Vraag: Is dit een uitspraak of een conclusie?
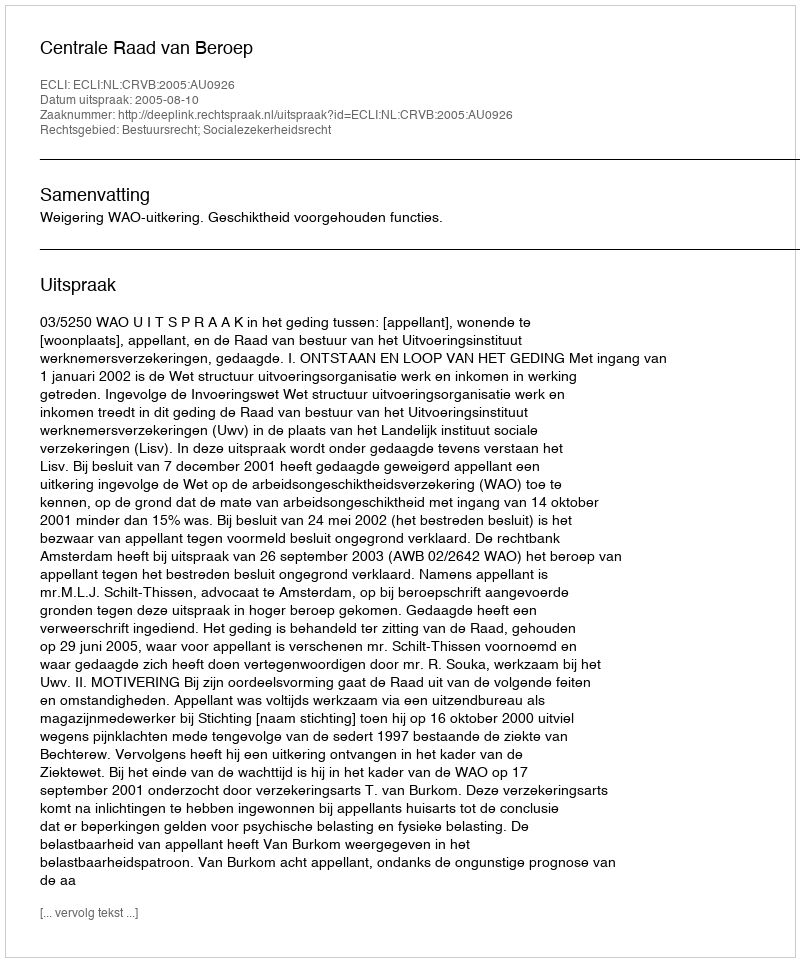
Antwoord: Uitspraak